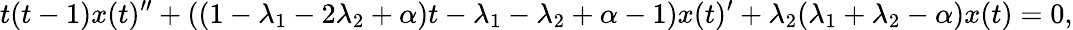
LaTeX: t(t-1)x(t)^{\prime\prime}+((1-\lambda_{1}-2\lambda_{2}+\alpha)t-\lambda_{1}-\lambda_{2}+\alpha-1)x(t)^{\prime}+\lambda_{2}(\lambda_{1}+\lambda_{2}-\alpha)x(t)=0,